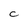
Character: C